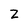
Character: z